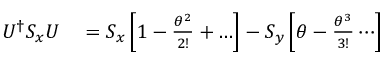
\begin{array} { r l } { U ^ { \dagger } S _ { x } U } & { { } = S _ { x } \left[ 1 - { \frac { \theta ^ { 2 } } { 2 ! } } + \ldots \right] - S _ { y } \left[ \theta - { \frac { \theta ^ { 3 } } { 3 ! } } \cdots \right] } \end{array}